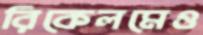
রিকেলমেও